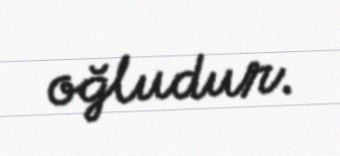
oğludur.